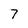
Character: 7